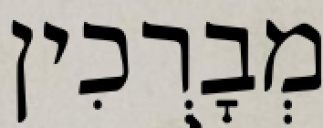
מְבָרְכִין